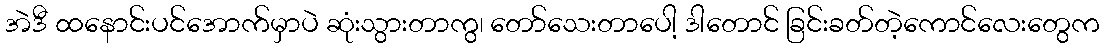
အဲဒီ ထနောင်းပင်အောက်မှာပဲ ဆုံးသွားတာကွ၊ တော်သေးတာပေါ့ ဒါတောင် ခြင်းခတ်တဲ့ကောင်လေးတွေက